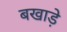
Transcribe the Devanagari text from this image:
बखाड़े